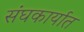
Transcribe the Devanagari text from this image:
संघकार्यात